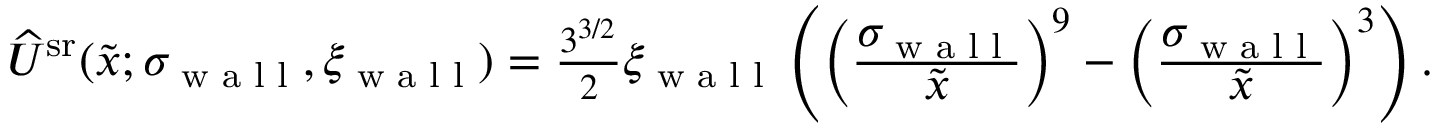
\begin{array} { r } { \widehat { U } ^ { \mathrm { s r } } ( \tilde { x } ; \sigma _ { \textrm { w a l l } } , \xi _ { \textrm { w a l l } } ) = \frac { 3 ^ { 3 / 2 } } { 2 } \xi _ { \textrm { w a l l } } \left( \left( \frac { \displaystyle \sigma _ { \textrm { w a l l } } } { \displaystyle \tilde { x } } \right) ^ { 9 } - \left( \frac { \displaystyle \sigma _ { \textrm { w a l l } } } { \displaystyle \tilde { x } } \right) ^ { 3 } \right) . } \end{array}